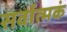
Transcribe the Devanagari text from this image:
सर्वात्मकं